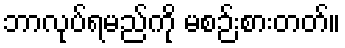
ဘာလုပ်ရမည်ကို မစဉ်းစားတတ်။